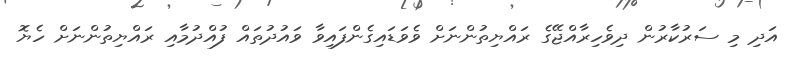
އަދި މި ސަރުކާރުން ދިވެހިރާއްޖޭގެ ރައްޔިތުންނަށް ވެވަޑައިގެންފައިވާ ވައުދުތައް ފުއްދުމާއި ރައްޔިތުންނަށް ހެޔޮ